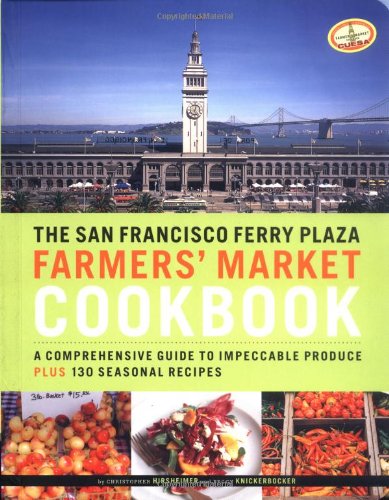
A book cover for The San Francisco Ferry Plaza Farmer's Market Cookbook: A Comprehensive Guide to Impeccable Produce Plus 130 Seasonal Recipes; Peggy Knickerbocker; Cookbooks, Food & Wine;